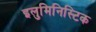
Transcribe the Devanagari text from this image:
इलुमिनिस्टिक